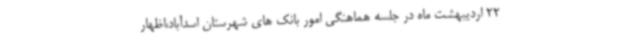
22 اردیبهشت ماه در جلسه هماهنگی امور بانک های شهرستان اسدآباد،اظهار